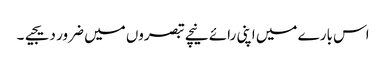
اس بارے میں اپنی رائے نیچے تبصروں میں ضرور دیجیے۔